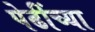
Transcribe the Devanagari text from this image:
पेढींच्या